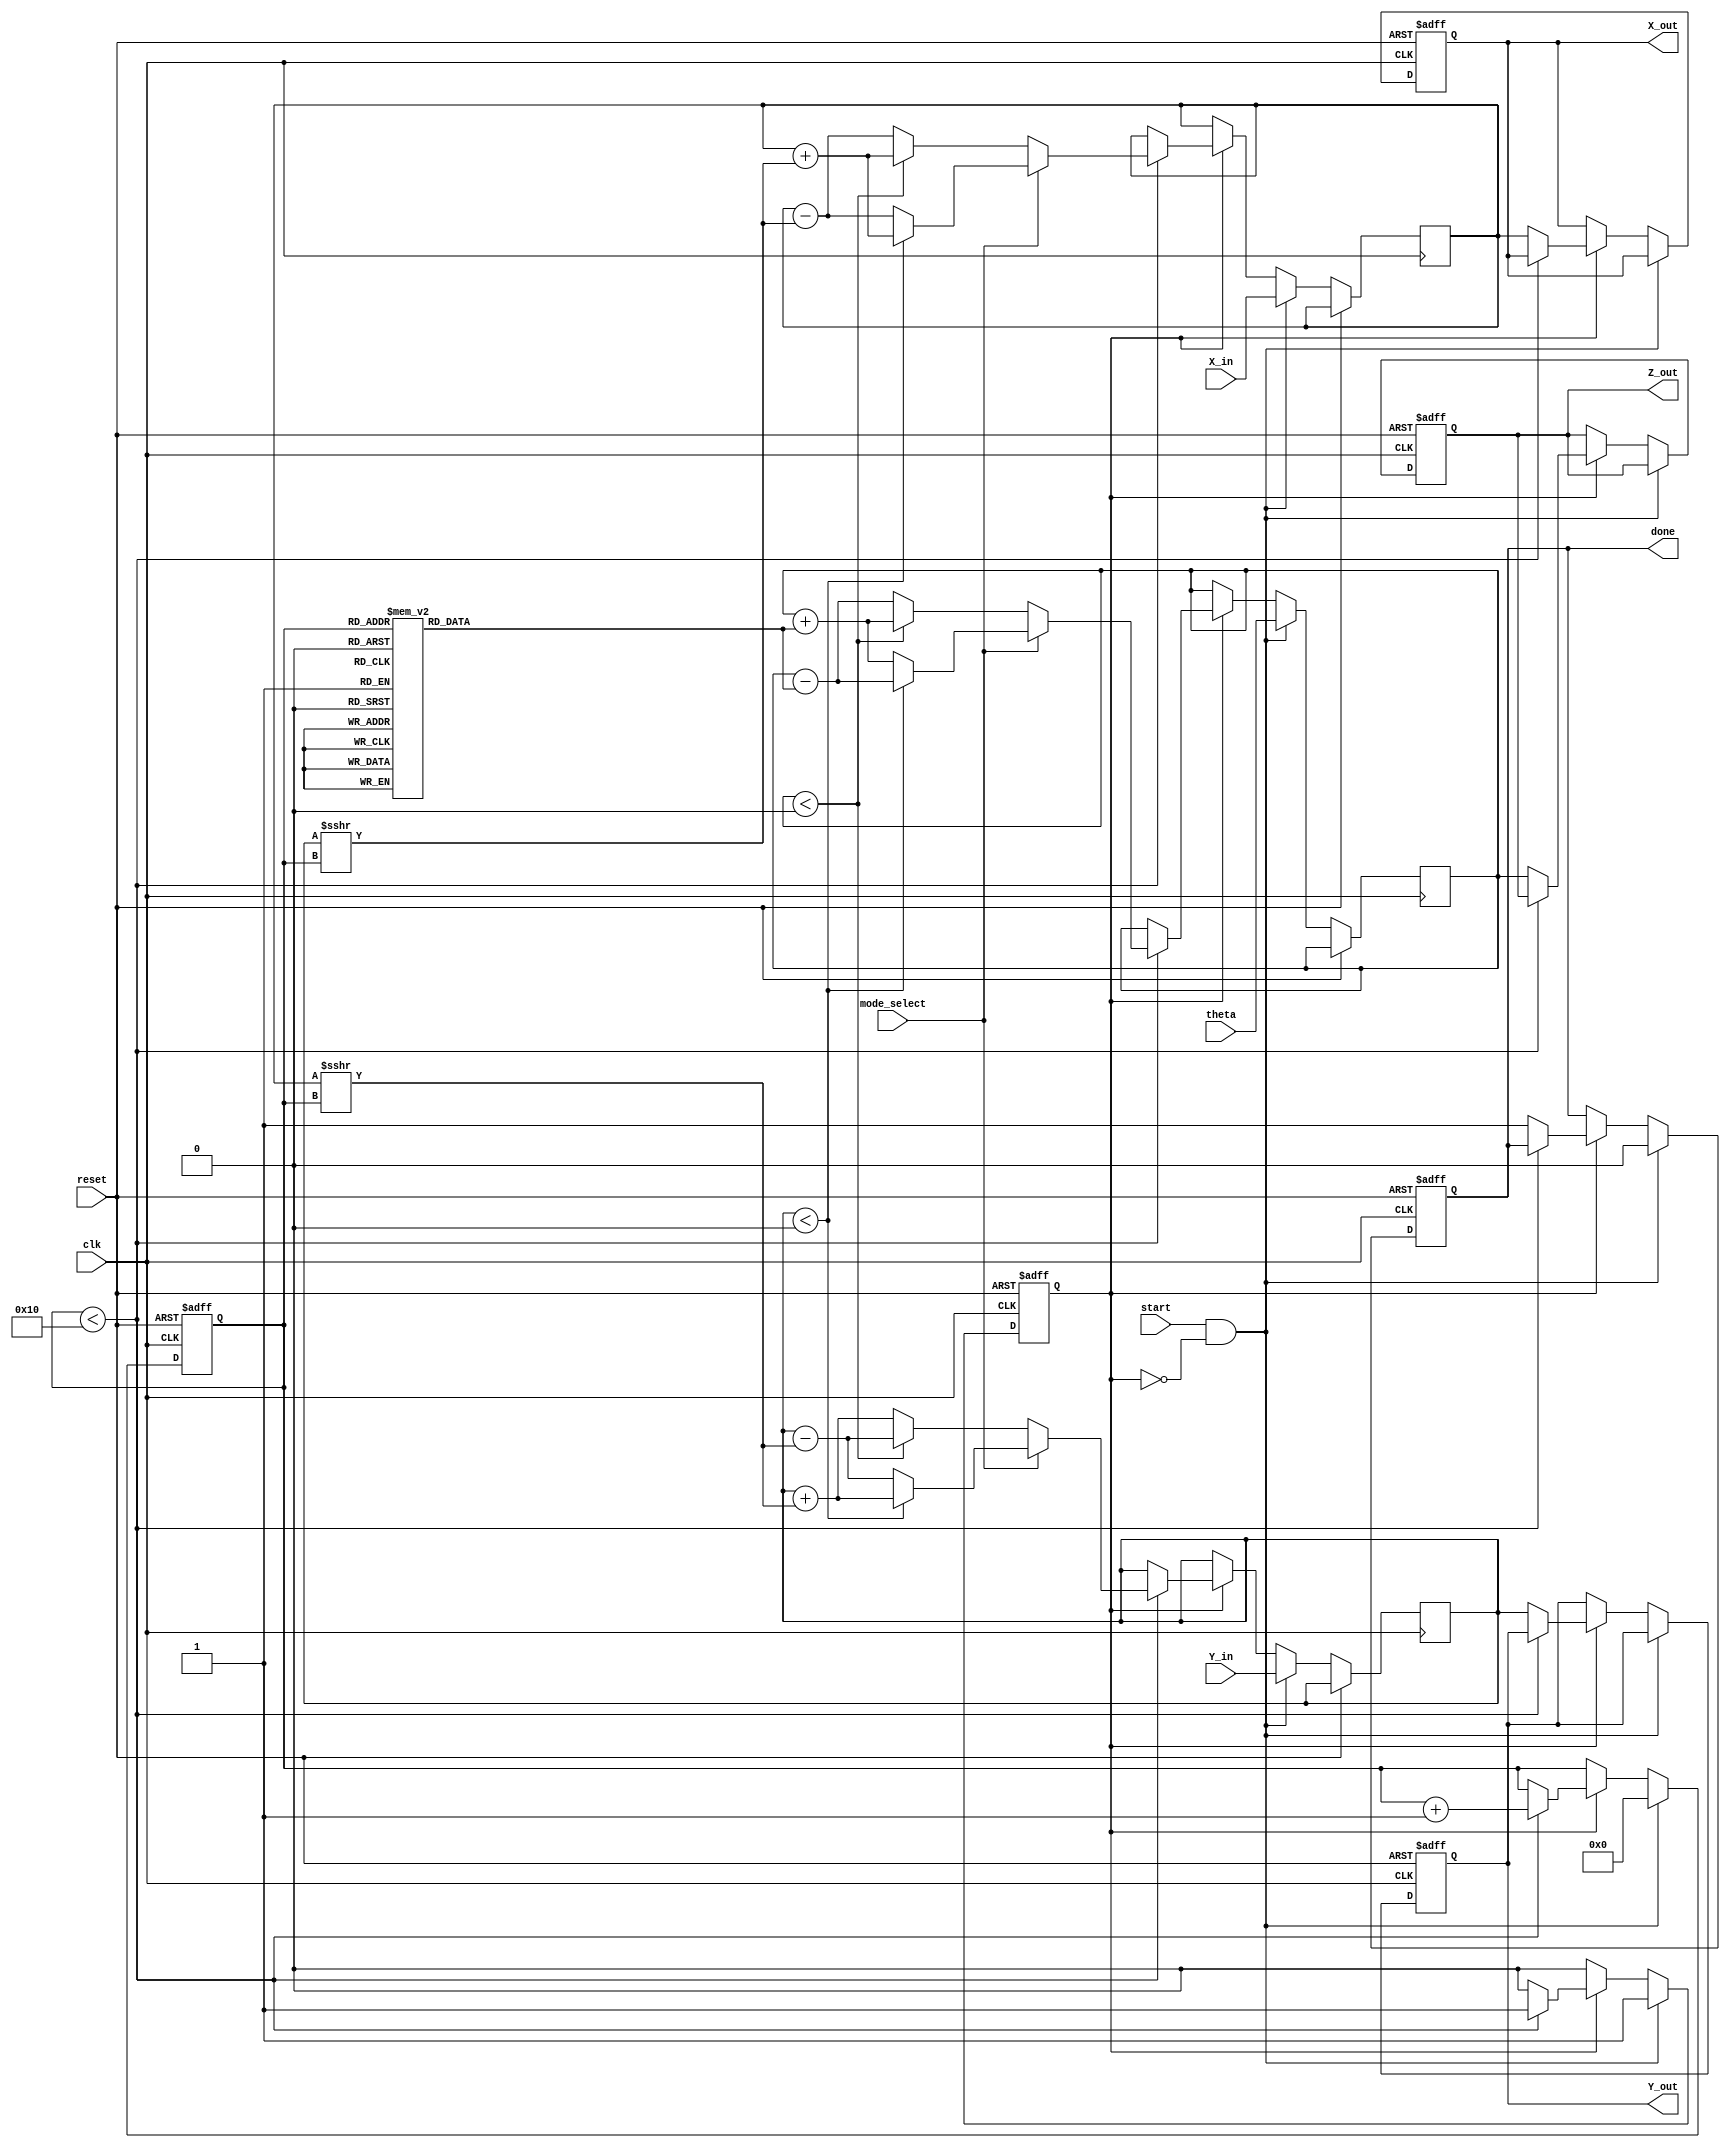
module cordic_fixed_point #(
    parameter WORD_LENGTH = 16,      // Total number of bits
    parameter FRACTIONAL_BITS = 14,   // Number of fractional bits
    parameter ITERATIONS = 16          // Number of iterations
)(
    input wire clk,                   // Clock signal
    input wire reset,                 // Reset signal
    input wire start,                 // Start signal for computation
    input wire mode_select,           // Mode select (0: rotation, 1: vectoring)
    input wire signed [WORD_LENGTH-1:0] theta, // Angle input (fixed-point)
    input wire signed [WORD_LENGTH-1:0] X_in,  // Initial X input
    input wire signed [WORD_LENGTH-1:0] Y_in,  // Initial Y input
    output reg signed [WORD_LENGTH-1:0] X_out,  // X output
    output reg signed [WORD_LENGTH-1:0] Y_out,  // Y output
    output reg signed [WORD_LENGTH-1:0] Z_out,  // Z output (for vectoring mode)
    output reg done                    // Done signal
);

    // Precomputed arctangent values for CORDIC (fixed-point)
    reg signed [WORD_LENGTH-1:0] atan_table [0:ITERATIONS-1];
    initial begin
        // Populate the arctangent table with fixed-point values
        atan_table[0] = 16'h2000; // atan(2^-0) = 0.5 in fixed-point
        atan_table[1] = 16'h1000; // atan(2^-1) = 0.25 in fixed-point
        atan_table[2] = 16'h0800; // atan(2^-2) = 0.125 in fixed-point
        atan_table[3] = 16'h0400; // atan(2^-3) = 0.0625 in fixed-point
        atan_table[4] = 16'h0200; // atan(2^-4) = 0.03125 in fixed-point
        atan_table[5] = 16'h0100; // atan(2^-5) = 0.015625 in fixed-point
        atan_table[6] = 16'h0080; // atan(2^-6) = 0.0078125 in fixed-point
        atan_table[7] = 16'h0040; // atan(2^-7) = 0.00390625 in fixed-point
        atan_table[8] = 16'h0020; // atan(2^-8) = 0.001953125 in fixed-point
        atan_table[9] = 16'h0010; // atan(2^-9) = 0.0009765625 in fixed-point
        atan_table[10] = 16'h0008; // atan(2^-10) = 0.00048828125 in fixed-point
        atan_table[11] = 16'h0004; // atan(2^-11) = 0.000244140625 in fixed-point
        atan_table[12] = 16'h0002; // atan(2^-12) = 0.0001220703125 in fixed-point
        atan_table[13] = 16'h0001; // atan(2^-13) = 0.00006103515625 in fixed-point
        atan_table[14] = 16'h0000; // atan(2^-14) = 0 in fixed-point
        atan_table[15] = 16'h0000; // atan(2^-15) = 0 in fixed-point
    end

    // Internal registers
    reg signed [WORD_LENGTH-1:0] x, y, z;
    reg [3:0] iteration_count;
    reg computing;

    // CORDIC computation process
    always @(posedge clk or posedge reset) begin
        if (reset) begin
            X_out <= 0;
            Y_out <= 0;
            Z_out <= 0;
            done <= 0;
            computing <= 0;
            iteration_count <= 0;
        end else if (start && !computing) begin
            // Initialize values
            x <= X_in;
            y <= Y_in;
            z <= theta;
            iteration_count <= 0;
            done <= 0;
            computing <= 1;
        end else if (computing) begin
            if (iteration_count < ITERATIONS) begin
                // CORDIC rotation logic
                if (mode_select == 0) begin // Rotation mode
                    if (z < 0) begin
                        x <= x + (y >>> iteration_count);
                        y <= y - (x >>> iteration_count);
                        z <= z + atan_table[iteration_count];
                    end else begin
                        x <= x - (y >>> iteration_count);
                        y <= y + (x >>> iteration_count);
                        z <= z - atan_table[iteration_count];
                    end
                end else begin // Vectoring mode
                    if (y < 0) begin
                        x <= x + (y >>> iteration_count);
                        y <= y + (x >>> iteration_count);
                        z <= z - atan_table[iteration_count];
                    end else begin
                        x <= x - (y >>> iteration_count);
                        y <= y - (x >>> iteration_count);
                        z <= z + atan_table[iteration_count];
                    end
                end
                iteration_count <= iteration_count + 1;
            end else begin
                // Final output assignment
                X_out <= x;
                Y_out <= y;
                Z_out <= z;
                done <= 1;
                computing <= 0;
            end
        end
    end

endmodule